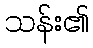
သန်း၏